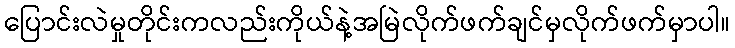
ပြောင်းလဲမှုတိုင်းကလည်းကိုယ်နဲ့အမြဲလိုက်ဖက်ချင်မှလိုက်ဖက်မှာပါ။